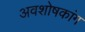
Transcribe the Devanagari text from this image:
अवशोषकांग